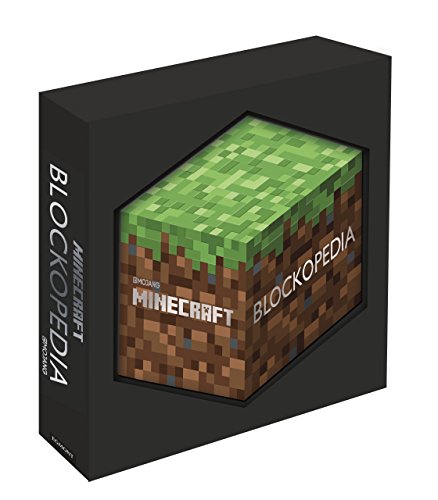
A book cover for Minecraft Blockopedia; Children's Books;